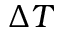
\Delta T